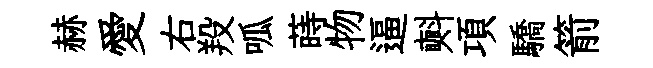
赫愛右羖呱蒔物逼㪺項驕箭